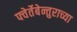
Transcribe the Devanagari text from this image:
फ्वेर्तेबेन्तुराच्या